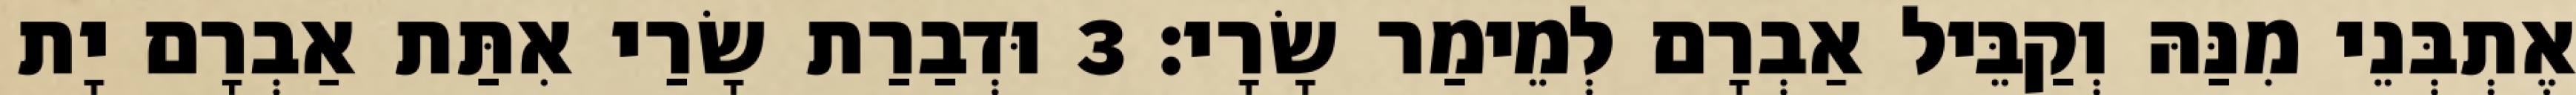
אֶתְבְּנֵי מִנַּהּ וְקַבֵּיל אַבְרָם לְמֵימַר שָׂרָי׃ 3 וּדְבַרַת שָׂרַי אִתַּת אַבְרָם יָת